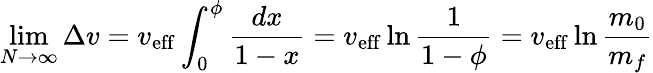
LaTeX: \operatorname*{lim}_{N\to\infty}\Delta v=v_{\mathrm{{eff}}}\int_{0}^{\phi}{\frac{dx}{1-x}}=v_{\mathrm{{eff}}}\ln{\frac{1}{1-\phi}}=v_{\mathrm{{eff}}}\ln{\frac{m_{0}}{m_{f}}}